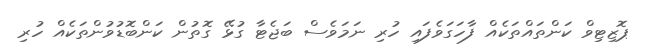
ޕޮޒިޓިވް ކަންތައްތަކެއް ފާހަގަވެފައި ހުރި ނަމަވެސް ބަޖެޓާ ގުޅޭ ގޮތުން ކަންބޮޑުވުންތަކެއް ހުރި